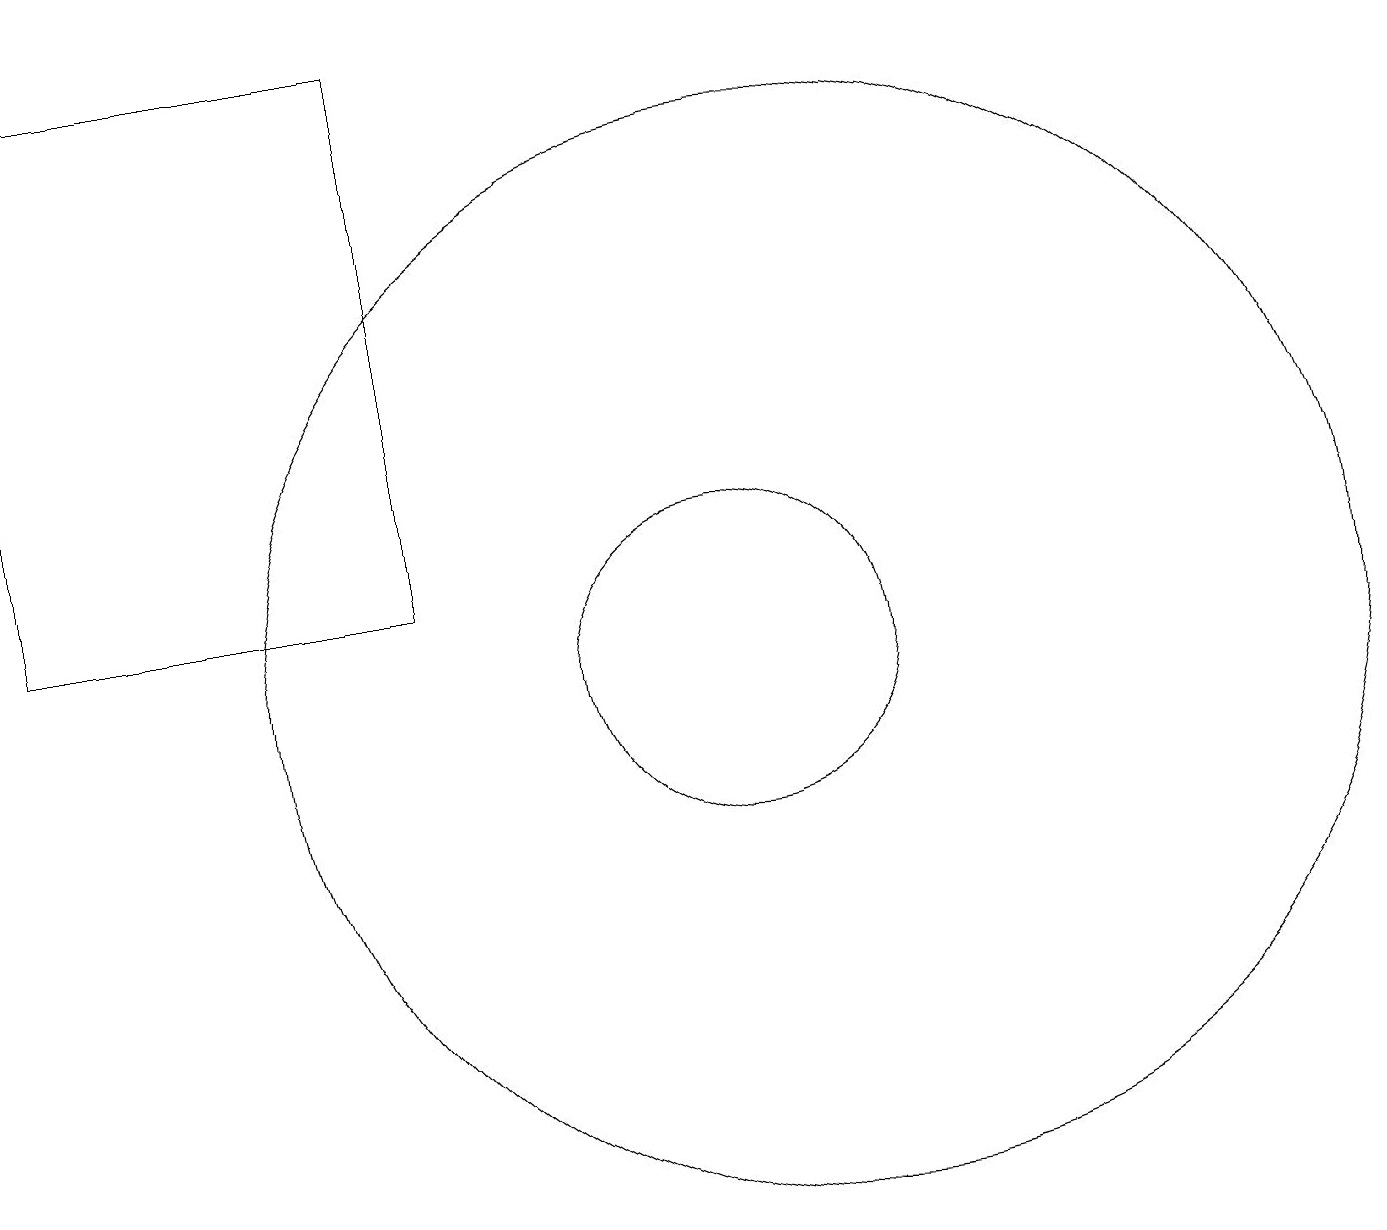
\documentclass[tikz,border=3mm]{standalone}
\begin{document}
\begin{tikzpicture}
\draw (10,11) circle (2);
\draw (11,11) circle (7);
\draw (1,12) rectangle (6,19);
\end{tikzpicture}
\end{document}